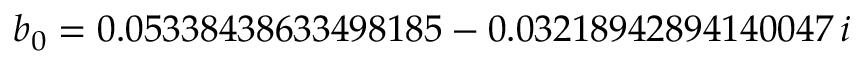
b _ { 0 } = 0 . 0 5 3 3 8 4 3 8 6 3 3 4 9 8 1 8 5 - 0 . 0 3 2 1 8 9 4 2 8 9 4 1 4 0 0 4 7 \, i